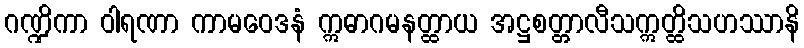
ဂဏ္ဍိကာ ဝါရဏာ ကာမဝေဒနံ ဣဓာဂမနတ္ထာယ အဋ္ဌစတ္တာလီသဣတ္ထိသဟဿာနိ